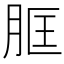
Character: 𦚞